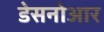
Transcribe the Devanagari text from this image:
डेसनोआर